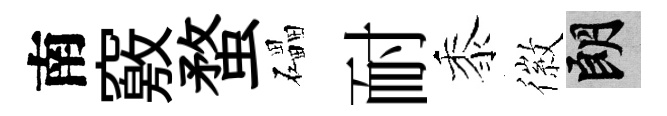
南竅蝥礧耐黍徽朗